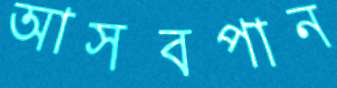
আসবপান